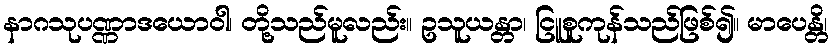
နာဂသုပဏ္ဏာဒယောဝါ၊ တို့သည်မူလည်း။ ဥသူယန္တာ၊ ငြူစူကုန်သည်ဖြစ်၍။ မာပေန္တိ၊